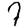
Digit: 7